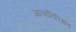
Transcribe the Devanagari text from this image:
आत्मनिरिक्षण